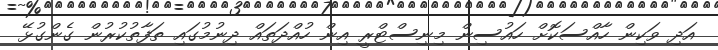
އަދި ވަކިން ހާއްސަކޮށް ހައުސިން މިނިސްޓްރީ އިން ހުއްދަތައް ދިނުމުގައި ތަފާތުކުރުން ގެންގުޅޭ